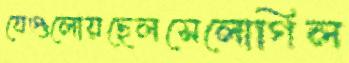
যেগুলোয়ছেলসেলোগিল